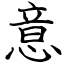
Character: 意